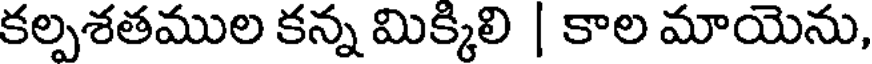
కల్పశతముల కన్న మిక్కిలి | కాల మాయెను,